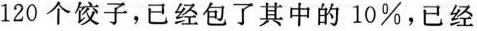
120个饺子，已经包了其中的10\%，已经